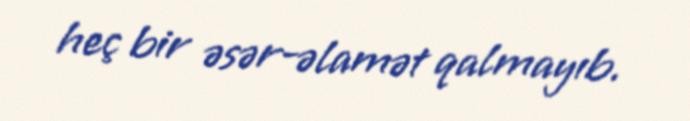
heç bir əsər-əlamət qalmayıb.